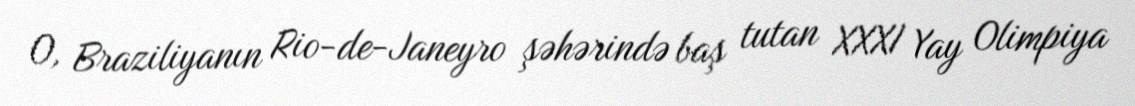
O, Braziliyanın Rio-de-Janeyro şəhərində baş tutan XXXI Yay Olimpiya